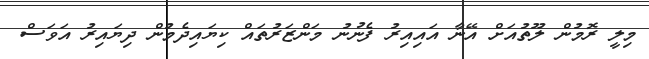
މިލީ ރޮމުން ލޫތުއަށް އޭނާ އައިއިރު ފެނުނު މަންޒަރުތައް ކިޔައިދެމުން ދިޔައިރު އަވަސް